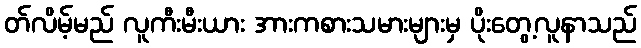
တ်လိမ့်မည် လူကီးမီးယား အားကစားသမားများမှ ပိုးတွေ့လူနာသည်